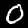
Digit: 0